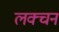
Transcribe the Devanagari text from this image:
लक्चन